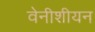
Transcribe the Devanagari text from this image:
वेनीशीयन